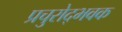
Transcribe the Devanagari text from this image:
प्रचुरोद्भवक